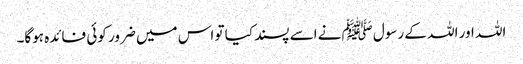
اللہ اور اللہ کے رسول ﷺنے اسے پسند کیا تو اس میں ضرور کوئی فائدہ ہوگا۔